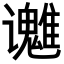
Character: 𬤱